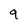
Character: q